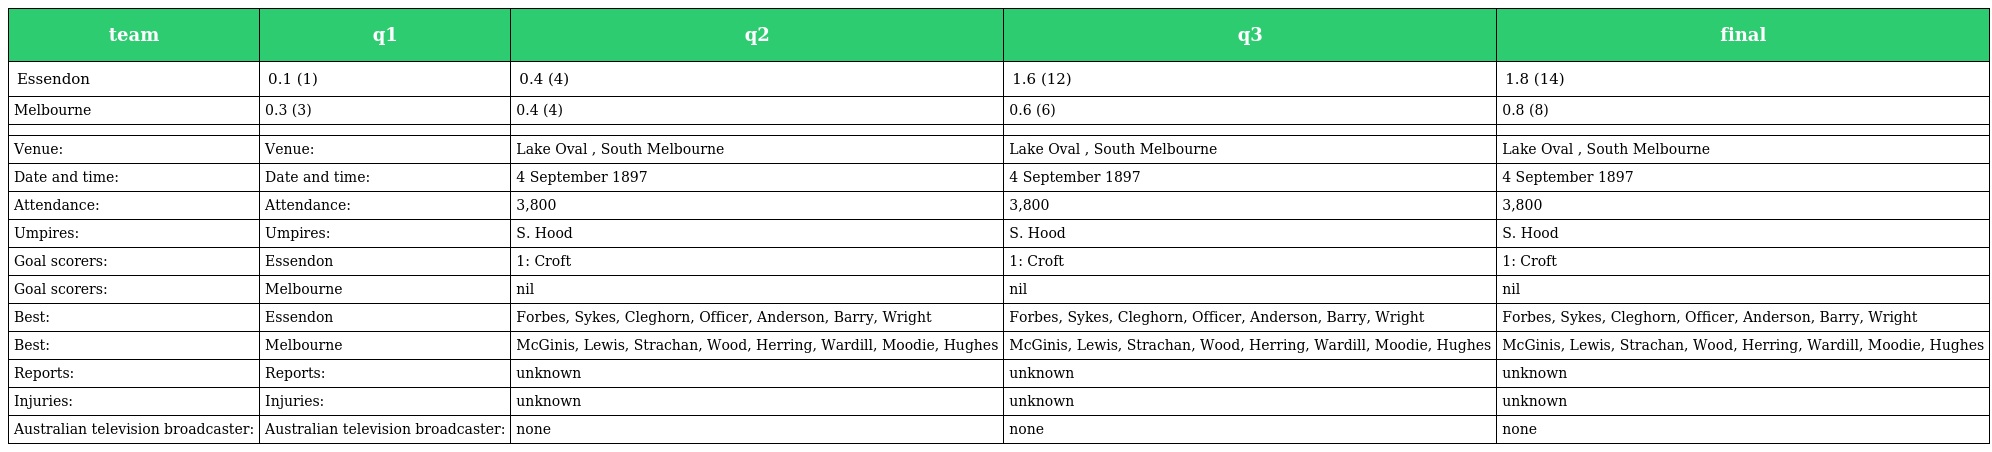
| team | q1 | q2 | q3 | final |
 | --- | --- | --- | --- | --- |
 | Essendon | 0.1 (1) | 0.4 (4) | 1.6 (12) | 1.8 (14) |
 | Melbourne | 0.3 (3) | 0.4 (4) | 0.6 (6) | 0.8 (8) |
 |  |  |  |  |  |
 | Venue: | Venue: | Lake Oval , South Melbourne | Lake Oval , South Melbourne | Lake Oval , South Melbourne |
 | Date and time: | Date and time: | 4 September 1897 | 4 September 1897 | 4 September 1897 |
 | Attendance: | Attendance: | 3,800 | 3,800 | 3,800 |
 | Umpires: | Umpires: | S. Hood | S. Hood | S. Hood |
 | Goal scorers: | Essendon | 1: Croft | 1: Croft | 1: Croft |
 | Goal scorers: | Melbourne | nil | nil | nil |
 | Best: | Essendon | Forbes, Sykes, Cleghorn, Officer, Anderson, Barry, Wright | Forbes, Sykes, Cleghorn, Officer, Anderson, Barry, Wright | Forbes, Sykes, Cleghorn, Officer, Anderson, Barry, Wright |
 | Best: | Melbourne | McGinis, Lewis, Strachan, Wood, Herring, Wardill, Moodie, Hughes | McGinis, Lewis, Strachan, Wood, Herring, Wardill, Moodie, Hughes | McGinis, Lewis, Strachan, Wood, Herring, Wardill, Moodie, Hughes |
 | Reports: | Reports: | unknown | unknown | unknown |
 | Injuries: | Injuries: | unknown | unknown | unknown |
 | Australian television broadcaster: | Australian television broadcaster: | none | none | none |